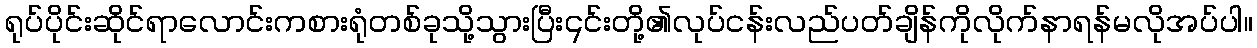
ရုပ်ပိုင်းဆိုင်ရာလောင်းကစားရုံတစ်ခုသို့သွားပြီး၎င်းတို့၏လုပ်ငန်းလည်ပတ်ချိန်ကိုလိုက်နာရန်မလိုအပ်ပါ။